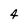
Character: 4